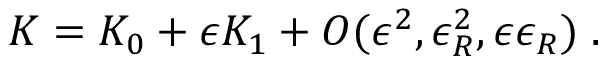
K = K _ { 0 } + \epsilon K _ { 1 } + { \cal O } ( \epsilon ^ { 2 } , \epsilon _ { R } ^ { 2 } , \epsilon \epsilon _ { R } ) \; .